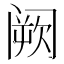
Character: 阙